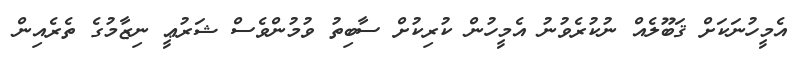
އެމީހުނަކަށް ޤަބޫލެއް ނުކުރެވުނު އެމީހުން ކުރިކުށް ސާބިތު ވުމުންވެސް ޝަރުޢީ ނިޒާމުގެ ތެރެއިން